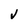
Character: v